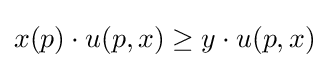
x(p)\cdot u(p,x)\geq y\cdot u(p,x)